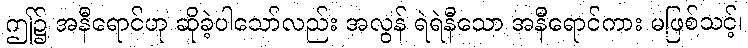
ဤ၌ အနီရောင်ဟု ဆိုခဲ့ပါသော်လည်း အလွန် ရဲရဲနီသော အနီရောင်ကား မဖြစ်သင့်၊